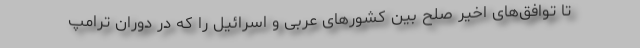
تا توافق‌های اخیر صلح بین کشورهای عربی و اسرائیل را که در دوران ترامپ